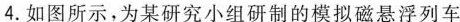
4.如图所示，为某研究小组研制的模拟磁悬浮列车